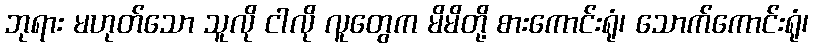
ဘုရား မဟုတ်သော သူလို ငါလို လူတွေက မိမိတို့ စားကောင်းရုံ၊ သောက်ကောင်းရုံ၊